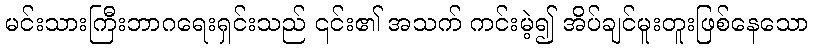
မင်းသားကြီးဘာဂရေးရှင်းသည် ၎င်း၏ အသက် ကင်းမဲ့၍ အိပ်ချင်မူးတူးဖြစ်နေသော